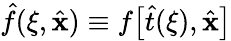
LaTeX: \hat{f}(\xi,\hat{\mathbf x})\equiv f\big[\hat{t}(\xi),\hat{\mathbf x}\big]